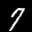
Label: 7